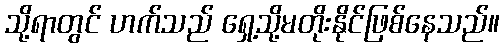
သို့ရာတွင် ဟက်သည် ရှေ့သို့မတိုးနိုင်ဖြစ်နေသည်။